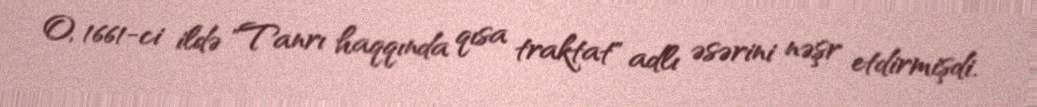
O, 1661-ci ildə "Tanrı haqqında qısa traktat" adlı əsərini nəşr etdirmişdi.